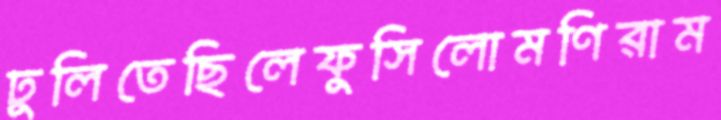
ঢুলিতেছিলেফুসিলোমণিরাম